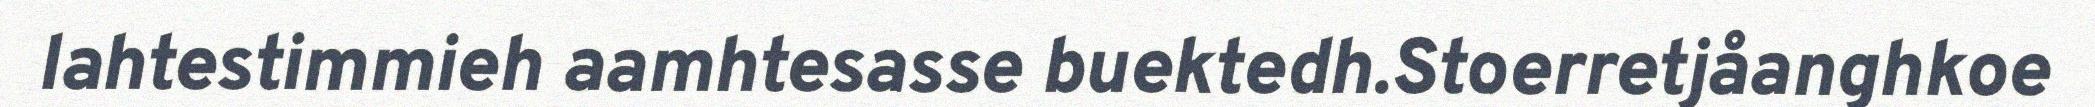
lahtestimmieh aamhtesasse buektedh.Stoerretjåanghkoe